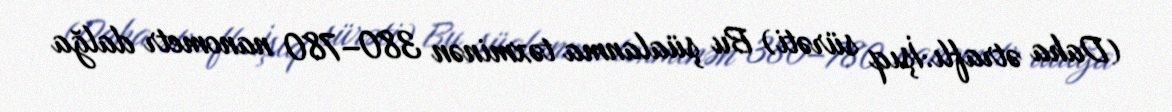
(Daha ətraflı:İşıq sürəti) Bu şüalanma təxminən 380–780 nanometr dalğa